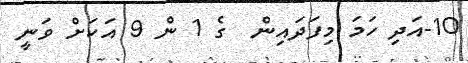
10-އަދި ހަމަ މިފަދައިން  ގެ 1 ން 9 އަކަށް ވަނީ